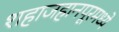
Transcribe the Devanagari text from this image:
शहाजहानपूरमध्ये